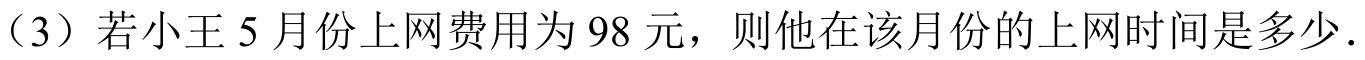
（3）若小王 5 月份上网费用为 98 元，则他在该月份的上网时间是多少．